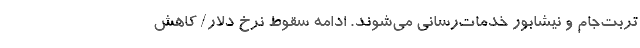
تربت‌جام و نیشابور خدمات‌رسانی می‌شوند. ادامه سقوط نرخ دلار/ کاهش